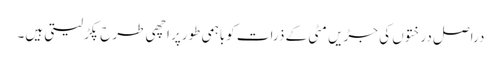
دراصل درختوں کی جڑیں مٹی کے ذرات کوباہمی طورپر اچھی طرح پکڑلیتی ہیں۔